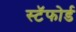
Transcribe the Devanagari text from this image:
स्टॅफोर्ड